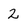
Character: 2